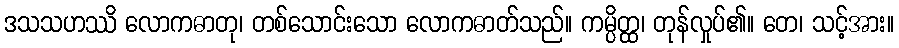
ဒသသဟဿိ လောကဓာတု၊ တစ်သောင်းသော လောကဓာတ်သည်။ ကမ္ပိတ္ထ၊ တုန်လှုပ်၏။ တေ၊ သင့်အား။